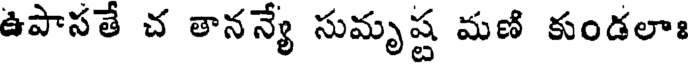
ఉపాసతే చ తానన్యే సుమృష్ట మణి కుండలాః